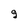
Character: 9